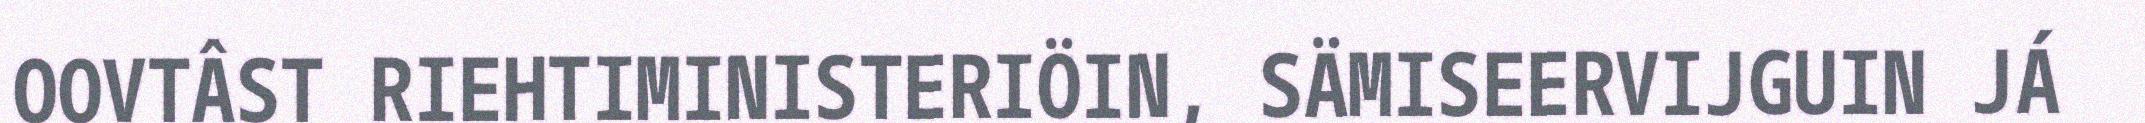
OOVTÂST RIEHTIMINISTERIÖIN, SÄMISEERVIJGUIN JÁ